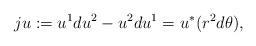
LaTeX: \begin{align*}ju:=u^1du^2-u^2du^1=u^*(r^2d\theta),\end{align*}